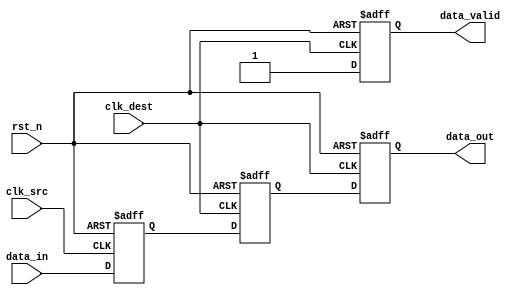
module MemoryBlocksPipelineSynchronizer #(
    parameter DATA_WIDTH = 8 // Parameter for data width
)(
    input wire [DATA_WIDTH-1:0] data_in,       // Input data 
    input wire clk_src,                          // Source clock
    input wire clk_dest,                         // Destination clock
    input wire rst_n,                            // Asynchronous reset (active low)
    output reg [DATA_WIDTH-1:0] data_out,       // Synchronized output data
    output reg data_valid                        // Output valid signal
);

    // Internal signals for pipeline stages
    reg [DATA_WIDTH-1:0] stage_1;               // First stage of synchronization
    reg [DATA_WIDTH-1:0] stage_2;               // Second stage of synchronization

    // Process for the first stage (sampling data_in on clk_src)
    always @(posedge clk_src or negedge rst_n) begin
        if (!rst_n) begin
            stage_1 <= {DATA_WIDTH{1'b0}}; // Reset stage 1
        end else begin
            stage_1 <= data_in;            // Sample data_in
        end
    end

    // Process for the second stage (sampling stage_1 on clk_dest)
    always @(posedge clk_dest or negedge rst_n) begin
        if (!rst_n) begin
            stage_2 <= {DATA_WIDTH{1'b0}}; // Reset stage 2
            data_valid <= 1'b0;            // Reset output valid
        end else begin
            stage_2 <= stage_1;            // Sample stage_1
            data_valid <= 1'b1;             // Set output valid
        end
    end

    // Assigning the synchronized data output
    always @(posedge clk_dest or negedge rst_n) begin
        if (!rst_n) begin
            data_out <= {DATA_WIDTH{1'b0}}; // Reset output data
        end else begin
            data_out <= stage_2;           // Output synchronized data
        end
    end

endmodule